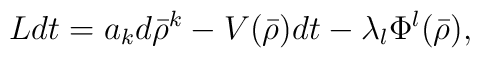
Ldt=a_kd\bar\rho ^k-V(\bar\rho )dt -\lambda _l\Phi ^l(\bar\rho ),